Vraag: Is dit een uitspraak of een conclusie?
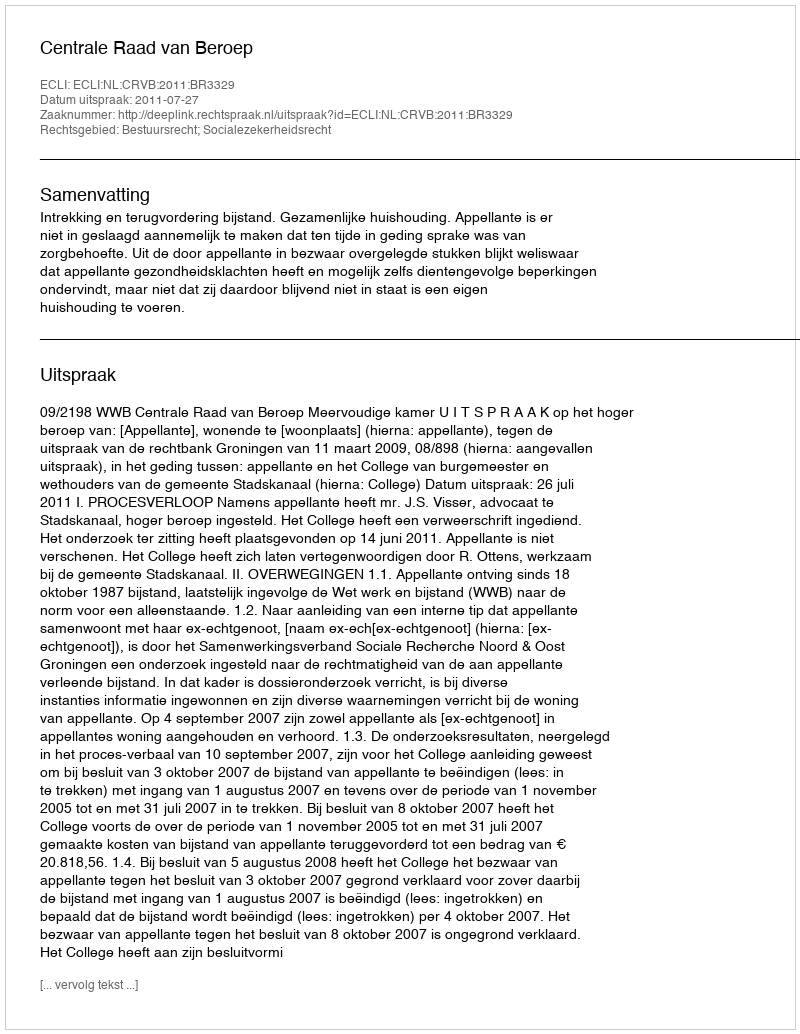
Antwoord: Uitspraak